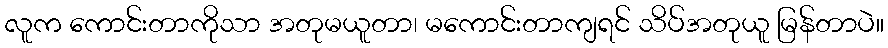
လူက ကောင်းတာကိုသာ အတုမယူတာ၊ မကောင်းတာကျရင် သိပ်အတုယူ မြန်တာပဲ။